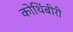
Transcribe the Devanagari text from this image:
कोथिंबीरी